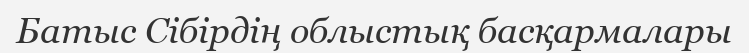
Батыс Сібірдің облыстық басқармалары